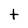
Character: t